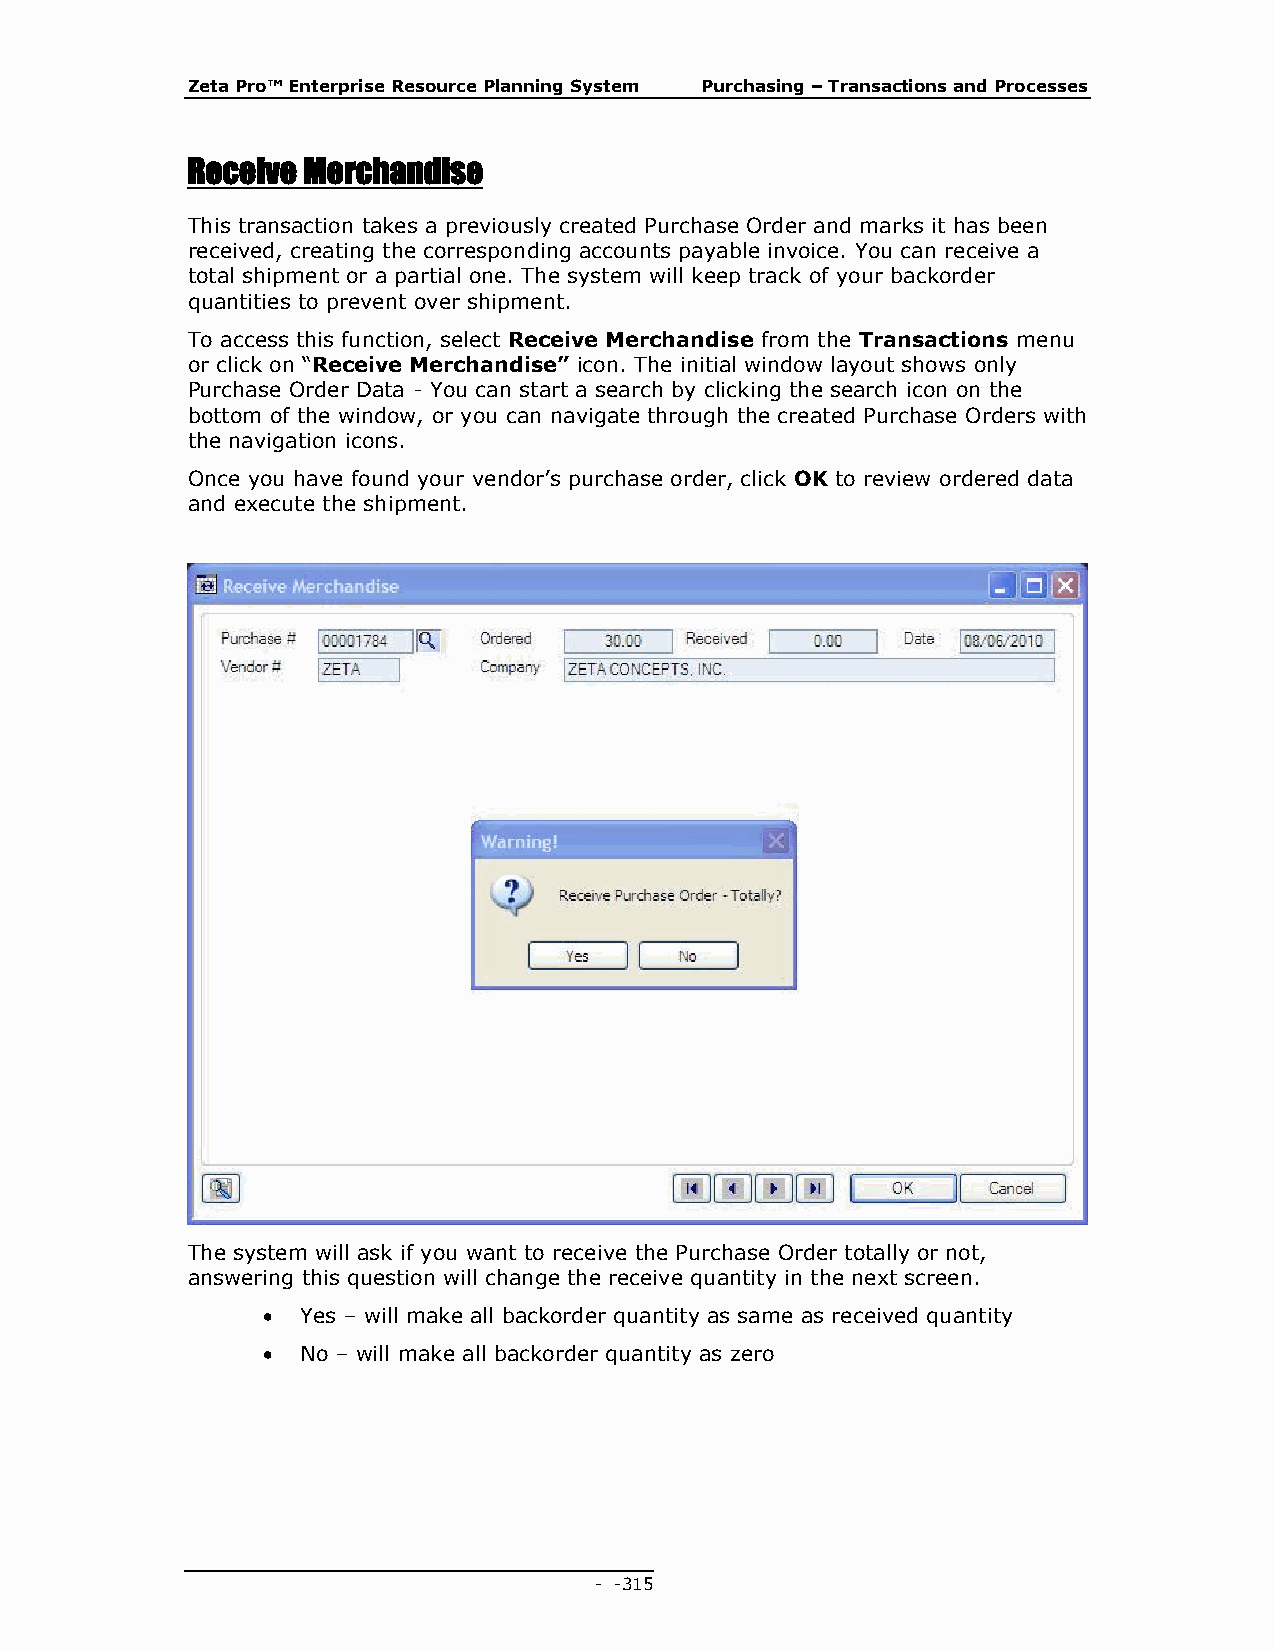
Zeta Pro™ Enterprise Resource Planning System Purchasing – Transactions and Processes
 Receive Merchandise
 This transaction takes a previously created Purchase Order and marks it has been
 received, creating the corresponding accounts payable invoice. You can receive a
 total shipment or a partial one. The system will keep track of your backorder
 quantities to prevent over shipment.
 To access this function, select Receive Merchandise from the Transactions menu
 or click on “Receive Merchandise” icon. The initial window layout shows only
 Purchase Order Data - You can start a search by clicking the search icon on the
 bottom of the window, or you can navigate through the created Purchase Orders with
 the navigation icons.
 Once you have found your vendor’s purchase order, click OK to review ordered data
 and execute the shipment.
 The system will ask if you want to receive the Purchase Order totally or not,
 answering this question will change the receive quantity in the next screen.
   Yes – will make all backorder quantity as same as received quantity
   No – will make all backorder quantity as zero
 - - 315